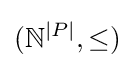
(\mathbb {N} ^{|P|},\leq )